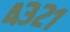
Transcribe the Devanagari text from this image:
४३२१